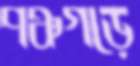
পঞ্চগড়ে